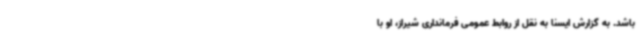
باشد. به گزارش ایسنا به نقل از روابط عمومی فرمانداری شیراز، او با